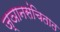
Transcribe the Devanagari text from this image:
ज्ञानसंचितात